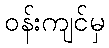
ဝန်းကျင်မှ